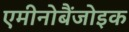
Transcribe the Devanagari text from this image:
एमीनोबैंजोइक